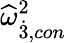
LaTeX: {\widehat{\omega}}_{\dot{3},con}^{2}